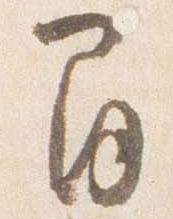
間